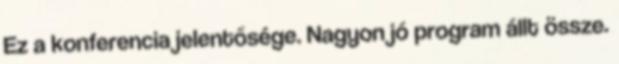
Ez a konferencia jelentősége. Nagyon jó program állt össze.